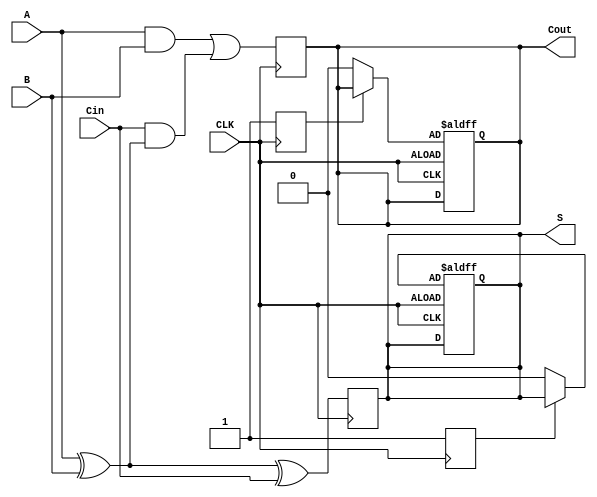
module dynamic_full_adder (
    input wire A,
    input wire B,
    input wire Cin,
    input wire CLK,
    output reg S,
    output reg Cout
);

    // Internal signals for the precharge and evaluate phases
    reg S_precharge;
    reg Cout_precharge;

    always @(posedge CLK) begin
        // Evaluate phase
        // Calculate sum S = A XOR B XOR Cin
        S = A ^ B ^ Cin;

        // Calculate carry Cout = (A AND B) OR (Cin AND (A XOR B))
        Cout = (A & B) | (Cin & (A ^ B));
    end

    always @(negedge CLK) begin
        // Precharge phase
        // During the precharge phase, we charge the outputs to high
        S_precharge <= 1'b1;
        Cout_precharge <= 1'b1;
    end

    // Final outputs are determined by the evaluate phase
    always @(posedge CLK or negedge CLK) begin
        if (CLK) begin
            // During evaluate phase, output is determined by the logic
            S <= S_precharge ? S : 1'b0; // Discharge if conditions for S are met
            Cout <= Cout_precharge ? Cout : 1'b0; // Discharge if conditions for Cout are met
        end
    end

endmodule